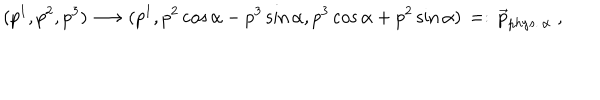
LaTeX: ( p ^ { 1 } , p ^ { 2 } , p ^ { 3 } ) \longrightarrow ( p ^ { 1 } , p ^ { 2 } \cos \alpha - p ^ { 3 } \sin \alpha , p ^ { 3 } \cos \alpha + p ^ { 2 } \sin \alpha ) \, = : \, \vec { p } _ { p h y s . \, \alpha } \; ,